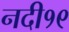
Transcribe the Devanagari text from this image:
नदी१९